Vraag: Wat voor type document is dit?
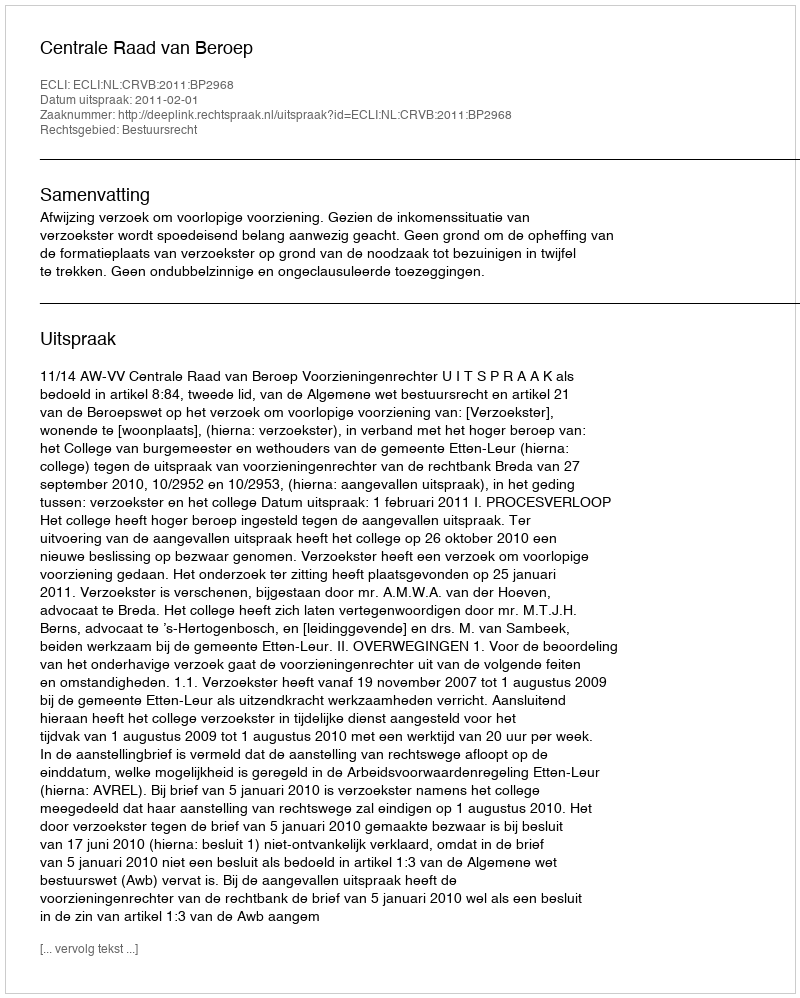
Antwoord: Uitspraak